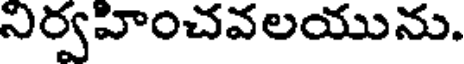
నిర్వహించవలయును.